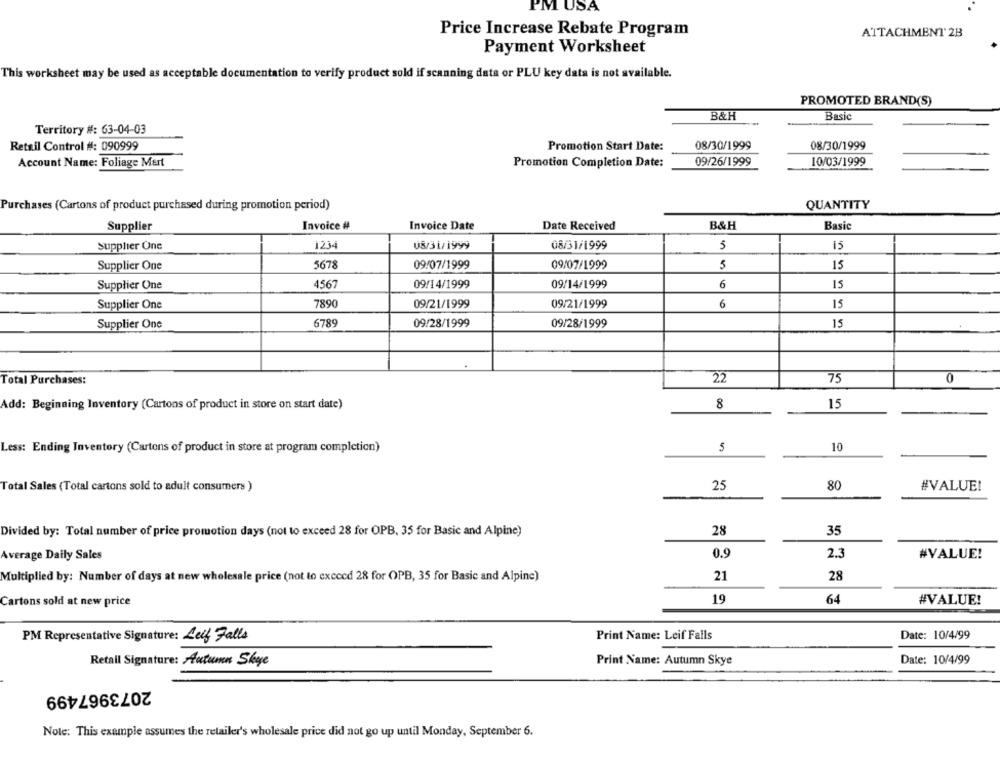
PM USA
Price Increase Rebate Program
ATTACHMENT 2B
Payment Worksheet
This worksheet may be used as acceptable documentation to verify product sold if scanning data or PLU key data is not available.
PROMOTED BRAND(S)
B&H
Basic
Territory #: 63-04-03
Retail Control #: 090999
Promotion Start Date:
08/30/1999
08/30/1999
Account Name: Foliage Mert
Promotion Completion Date:
09/26/1999
10/03/1999
QUANTITY
Purchases (Cartons of product purchased during promotion period)
Supplier
Invoice #
Invoice Date
Date Received
B&H
Basic
Supplier One
1234
08/31/1999
15
Supplier One
5678
09/07/1999
09/07/1999
5
15
Supplier One
4567
09/14/1999
09/14/1999
6
15
Supplier One
7890
09/21/1999
09/21/1999
6
15
Supplier One
6789
09/28/1999
09/28/1999
15
Total Purchases:
22
75
0
Add: Beginning Inventory (Cartons of product in store on start date)
8
15
Less: Ending Inventory (Cartons of product in store at program completion)
5
10
Total Sales (Total cartons sold to adult consumers )
25
80
#VALUE!
Divided by: Total number of price promotion days (not to exceed 28 for OPB. 35 for Basic and Alpine)
28
35
Average Daily Sales
0.9
2.3
#VALUE!
Multiplied by: Number of days at new wholesale price (not to exceed 28 for OPB, 35 for Basic and Alpine)
21
28
19
64
#VALUE!
Cartons sold at new price
PM Representative Signature: Leif Falls
Print Name: Leif Falls
Date: 10/4/99
Retail Signature: Autumn Shye
Print Name: Autumn Skye
Date: 10/4/99
2073967499
Note: This example assumes the retailer's wholesale price did not go up until Monday, September 6.